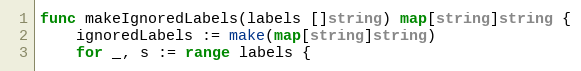
Language: Go
func makeIgnoredLabels(labels []string) map[string]string {
	ignoredLabels := make(map[string]string)
	for _, s := range labels {